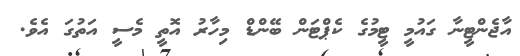
އާޖެންޓީނާ ގައުމީ ޓީމުގެ ކެޕްޓަން ބޭންޑް މިހާރު އޮތީ މެސީ އަތުގަ އެވެ.